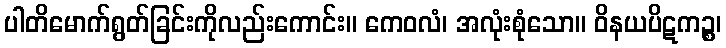
ပါတိမောက်ရွတ်ခြင်းကိုလည်းကောင်း။ ကေဝလံ၊ အလုံးစုံသော။ ဝိနယပိဋကဉ္စ၊